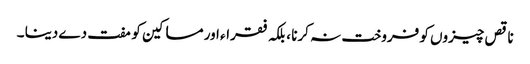
ناقص چیزوں کو فروخت نہ کرنا ، بلکہ فقراء اور مساکین کو مفت دے دینا ۔